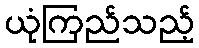
ယုံကြည်သည့်